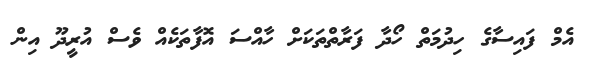
އެމް ފައިސާގެ ހިދުމަތް ހޯދާ ފަރާތްތަކަށް ހާއްސަ އޮފާތަކެއް ވެސް އުރީދޫ އިން